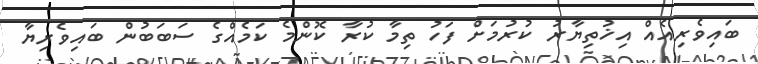
ބައިވެރިއެއް އިޚުތިޔާރު ކުރުމަށް ފަހު ތިމާ ކުރާ ކޮންމެ ކަމެއްގެ ސަބަބުން ބައިވެރިޔާ